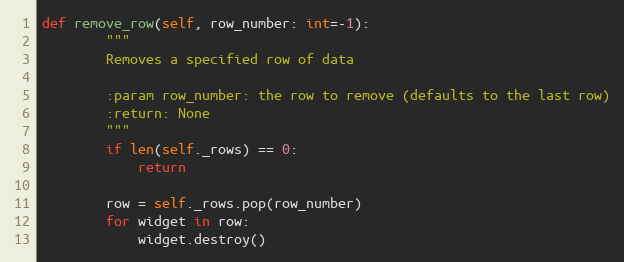
Language: Python
def remove_row(self, row_number: int=-1):
        """
        Removes a specified row of data

        :param row_number: the row to remove (defaults to the last row)
        :return: None
        """
        if len(self._rows) == 0:
            return

        row = self._rows.pop(row_number)
        for widget in row:
            widget.destroy()